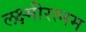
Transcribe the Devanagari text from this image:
लक्ष्मीरत्नम